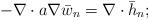
LaTeX: \begin{align*}-\nabla\cdot a\nabla \bar w_n=\nabla\cdot\bar h_n;\end{align*}